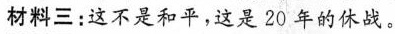
材料三：这不是和平，这是20年的休战。